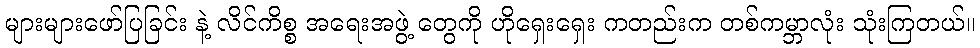
များများဖော်ပြခြင်း နဲ့ လိင်ကိစ္စ အရေးအဖွဲ့ တွေကို ဟိုရှေးရှေး ကတည်းက တစ်ကမ္ဘာလုံး သုံးကြတယ်။